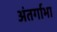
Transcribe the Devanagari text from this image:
अंतर्गाभा